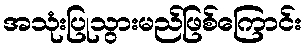
အသုံးပြုသွားမည်ဖြစ်ကြောင်း